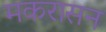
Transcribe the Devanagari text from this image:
मकरासन